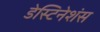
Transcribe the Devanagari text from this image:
डेस्टिनेशंस